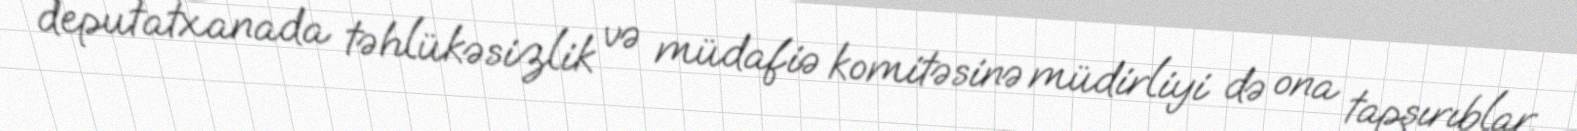
deputatxanada təhlükəsizlik və müdafiə komitəsinə müdirliyi də ona tapşırıblar.